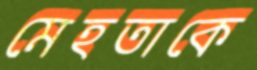
মেহতাকে